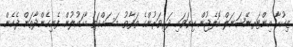
ޒިކުރާ އިންޓަރނޭޝަނަލް ކޮލެޖުން ކިޔަވައި ދަރިވަރުންގެ ތަފާތު މަސައްކަތު މާހައުލުން ފެނިގެންދާތަން ދެކެން